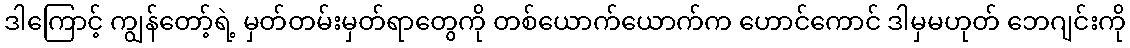
ဒါကြောင့် ကျွန်တော့်ရဲ့ မှတ်တမ်းမှတ်ရာတွေကို တစ်ယောက်ယောက်က ဟောင်ကောင် ဒါမှမဟုတ် ဘေဂျင်းကို